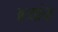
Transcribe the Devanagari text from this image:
अत्र्यांचा